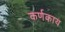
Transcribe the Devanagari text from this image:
कर्णकाय